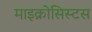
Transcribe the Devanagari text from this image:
माइक्रोसिस्टस